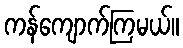
ကန်ကျောက်ကြမယ်။